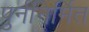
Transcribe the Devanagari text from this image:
पुर्ननिर्मित